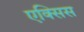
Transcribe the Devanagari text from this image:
एक्‍सिस